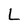
Character: L